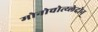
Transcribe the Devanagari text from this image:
मोनोचोत्य्लेदोन्